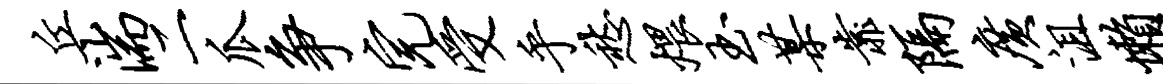
丘湍二瓜争完受乎愁煨玉某靠隔广沮懒